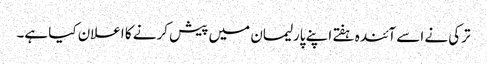
ترکی نے اسے آئندہ ہفتے اپنے پارلیمان میں پیش کرنے کا اعلان کیا ہے۔